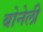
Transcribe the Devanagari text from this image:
बोनेली